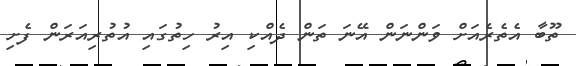
ތޫބާ އެތެރެއަށް ވަންނަން އޭނަ ތަން ދެއްކި އިރު ހިތުގައި އުތުރިއަރަން ފެށި